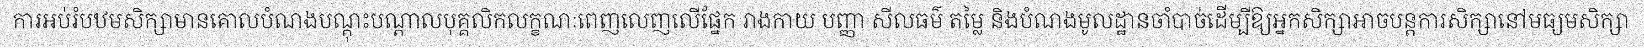
ការអប់រំបឋមសិក្សាមានគោលបំណងបណ្តុះបណ្តាលបុគ្គលិកលក្ខណៈពេញលេញលើផ្នែក រាងកាយ បញ្ញា សីលធម៌ តម្លៃ និងបំណងមូលដ្ឋានចាំបាច់ដើម្បីឱ្យអ្នកសិក្សាអាចបន្តការសិក្សានៅមធ្យមសិក្សា